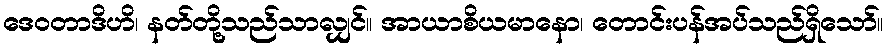
ဒေဝတာဒိဟိ၊ နတ်တို့သည်သာလျှင်။ အာယာစိယမာနော၊ တောင်းပန်အပ်သည်ရှိသော်။